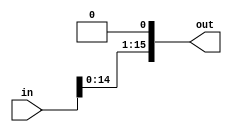
module ShiftLeftII(input [15:0] in, output [15:0] out);
	assign out = in << 1;
endmodule

//////////////////&